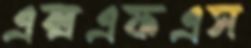
এক্সএফএস